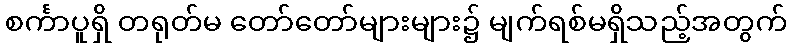
စင်္ကာပူရှိ တရုတ်မ တော်တော်များများ၌ မျက်ရစ်မရှိသည့်အတွက်